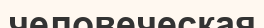
человеческая